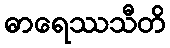
ဓာရေဿသီတိ